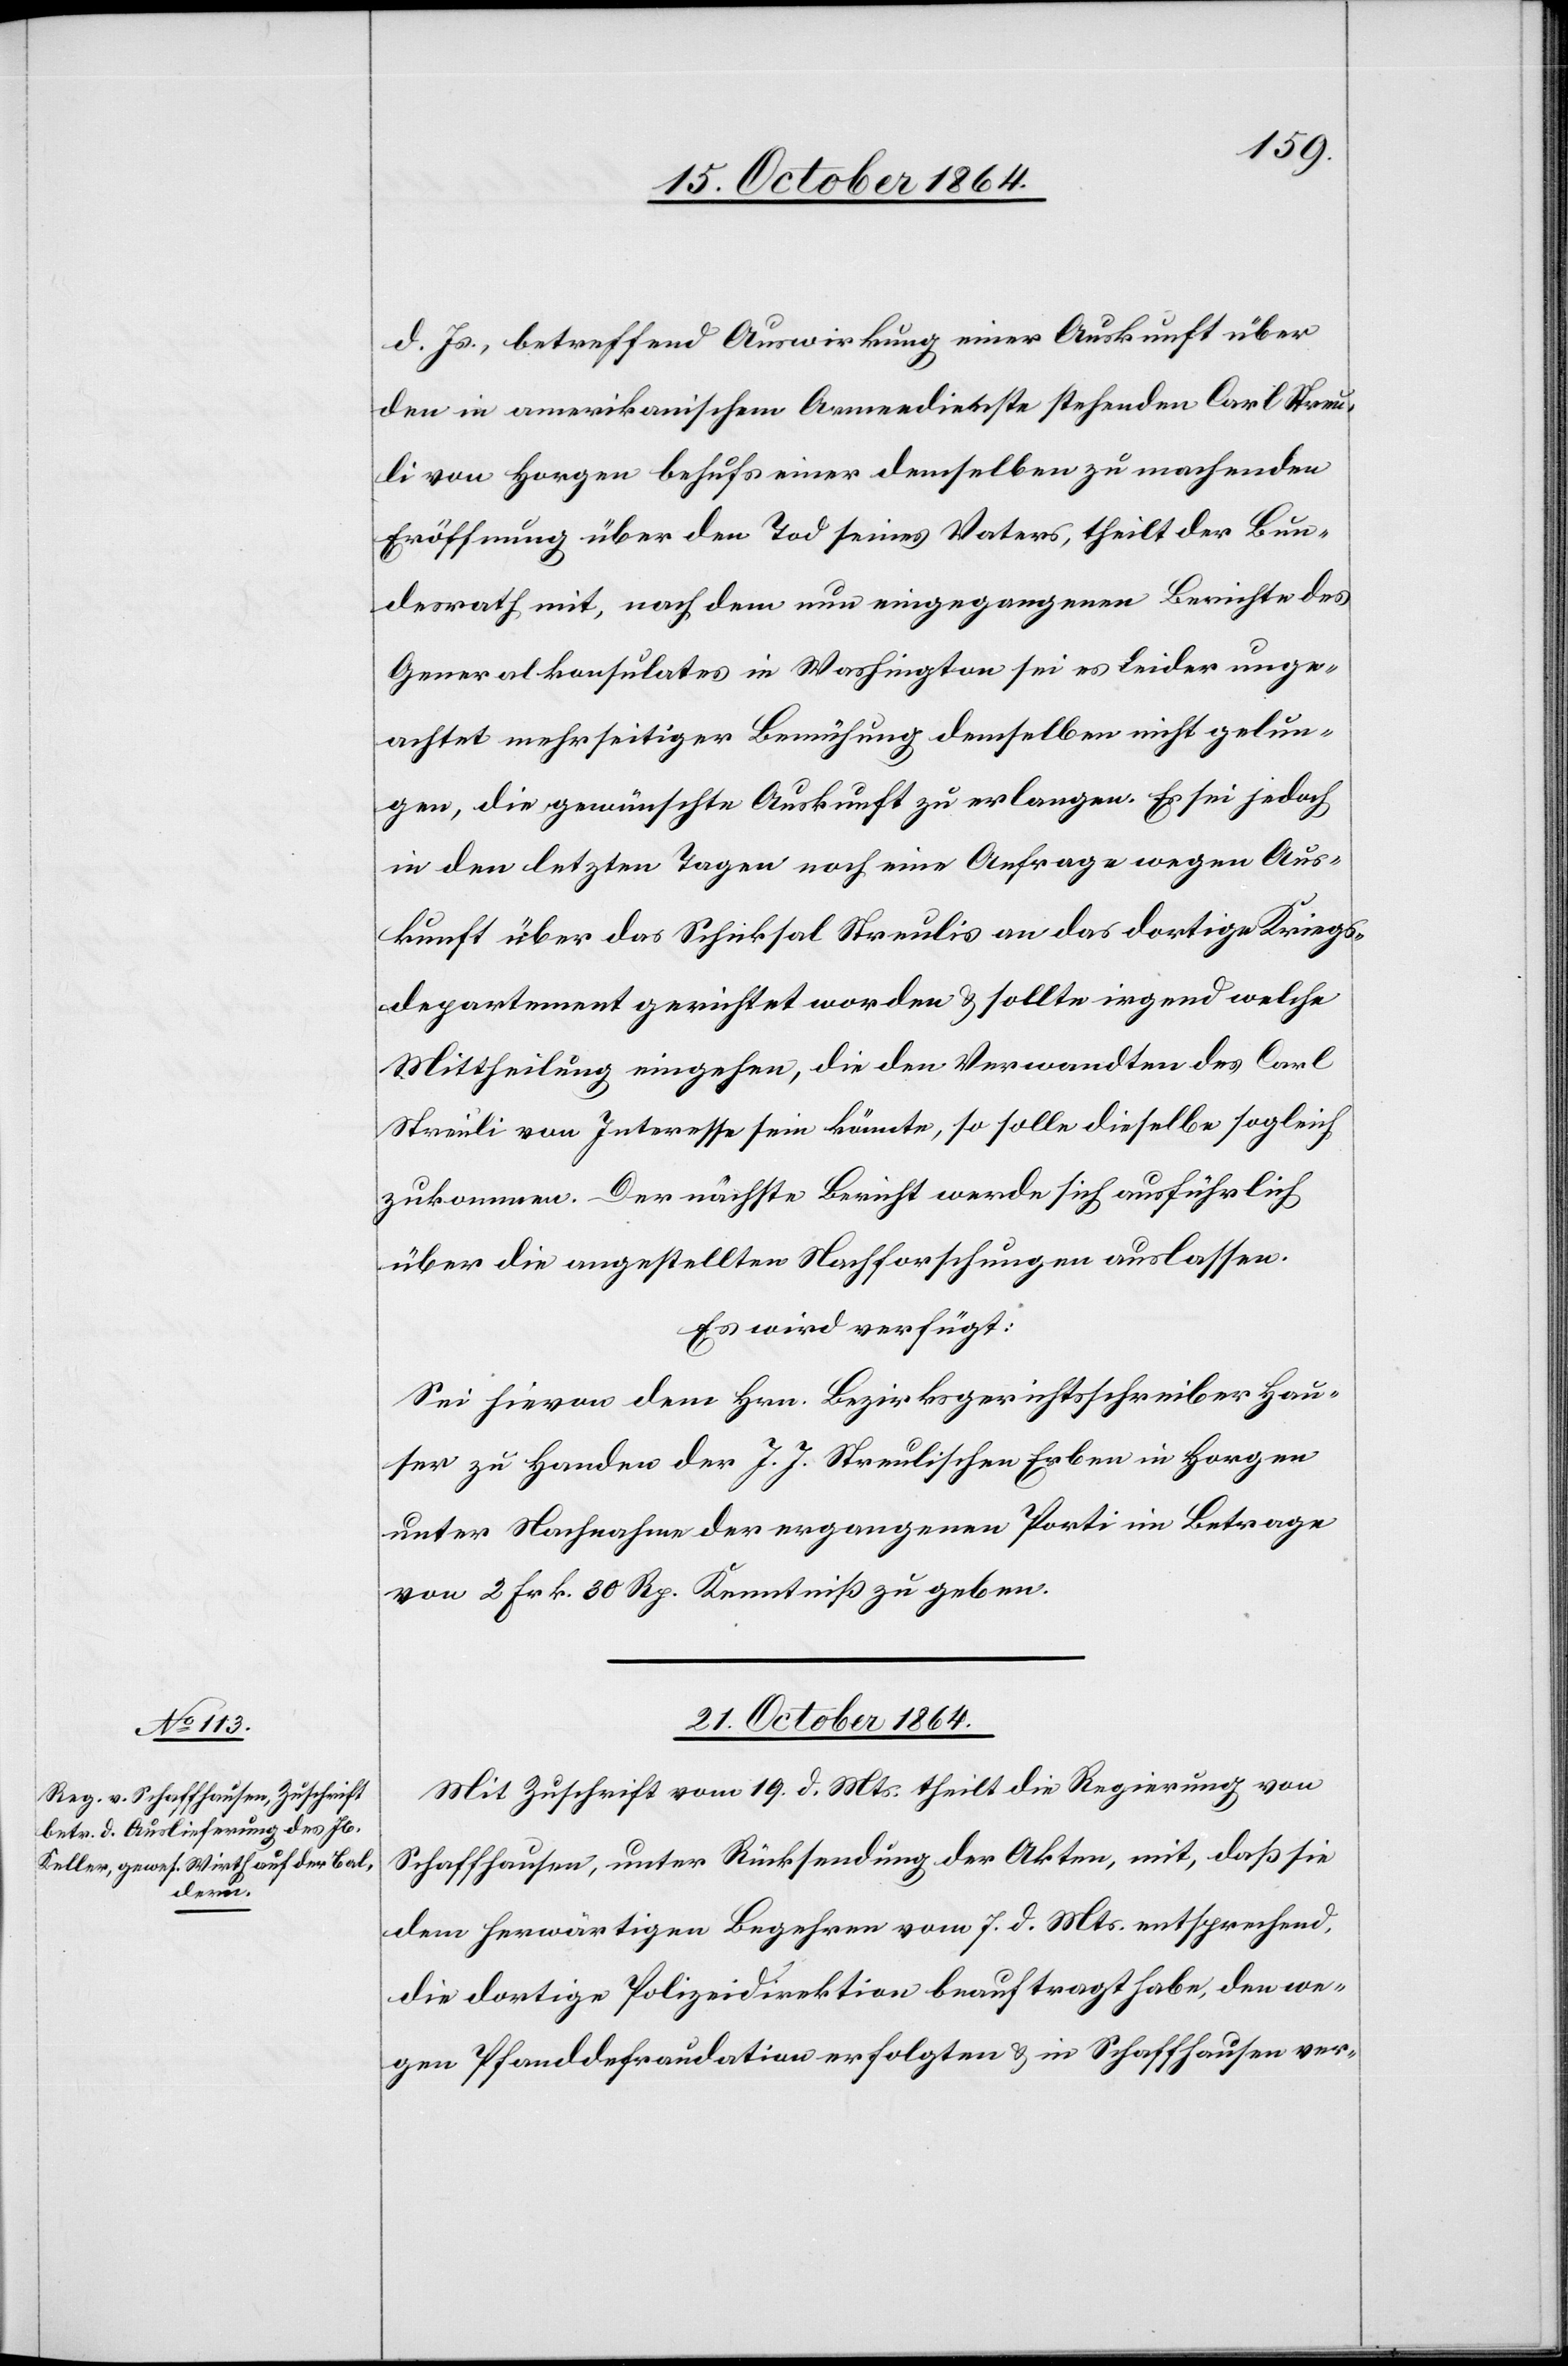
d. Js., betreffend Auswirkung einer Auskunft über
den in amerikanischem Armeedienste stehenden Carl Streu¬
li von Horgen behufs einer demselben zu machenden
Eröffnung über den Tod seines Vaters, theilt der Bun¬
desrath mit, nach dem nun eingegangenen Berichte des
Generalkonsulates in Washington sei es leider unge¬
achtet mehrseitiger Bemühung demselben nicht gelun¬
gen, die gewünschte Auskunft zu erlangen. Es sei jedoch
in den letzten Tagen noch eine Anfrage wegen Aus¬
kunft über das Schicksal Streulis an das dortige Kriegs¬
departement gerichtet worden & sollte irgendwelche
Mittheilung eingehen, die den Verwandten des Carl
Streuli von Interesse sein könnte, so solle dieselbe sogleich
zukommen. Der nächste Bericht werde sich ausführlich
über die angestellten Nachforschungen auslassen.
Es wird verfügt:
Sei hievon dem Hrn. Bezirksgerichtsschreiber Hau¬
ser zu Handen der J. J. Streulischen Erben in Horgen
unter Nachnahme der ergangenen Porti im Betrage
von 2 Frk. 30 Rp. Kenntniß zu geben.
21. October 1864.
Mit Zuschrift vom 19. d. Mts. theilt die Regierung von
Schaffhausen, unter Rücksendung der Akten, mit, daß sie
dem herwärtigen Begehren vom 7. d. Mts. entsprechend,
die dortige Polizeidirektion beauftragt habe, den we¬
gen Pfanddefraudation [v]erfolgten & in Schaffhausen ver-